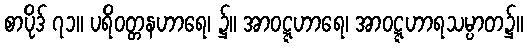
စာပိုဒ် ၇၁။ ပရိဝတ္တနဟာရေ၊ ၌။ အာဝဋ္ဋဟာရေ၊ အာဝဋ္ဋဟာရသမ္ပာတ၌။